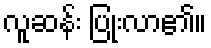
လူဆန်း ပြုံးလာ၏။